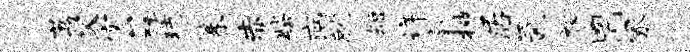
荔父密酥琉篆赤柴病就短详毫抽居氤裕罔冢